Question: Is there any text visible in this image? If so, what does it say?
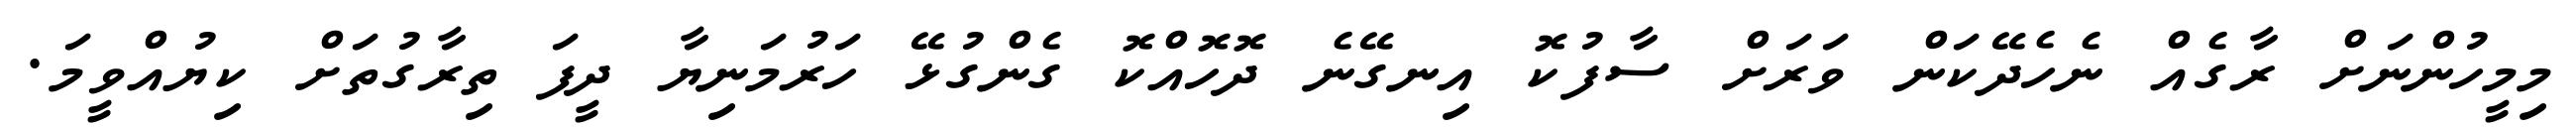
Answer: މިމީހުންނަށް ރާގެއް ނެހެދޭކަން ވަރަށް ސާފުކޮ އިނގޭނެ ދޮހޮއްކޮ ގެންގުޅޭ ހަރުމަނިޔާ ދީފަ ތިރާގުތަށް ކިޔުއްވީމަ.